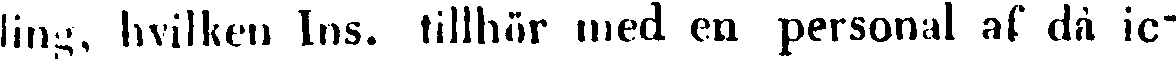
ling, hvilken Ins. tillhör med en personal af då ic-